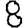
Digit: 8